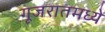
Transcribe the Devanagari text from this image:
गूजरातमध्ये